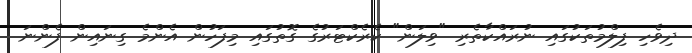
ދިވެހި ފިލްމުތަކުގައި ނުރައްކާތެރި "ވިލަން" ކެރެކްޓަރުގެ ގޮތުގައި މިފަހުން އެންމެ ގިނައިން ފެންނަ